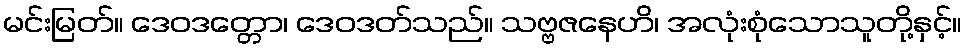
မင်းမြတ်။ ဒေဝဒတ္တော၊ ဒေဝဒတ်သည်။ သဗ္ဗဇနေဟိ၊ အလုံးစုံသောသူတို့နှင့်။